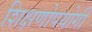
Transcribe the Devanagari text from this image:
शिक्षणोपयोगी